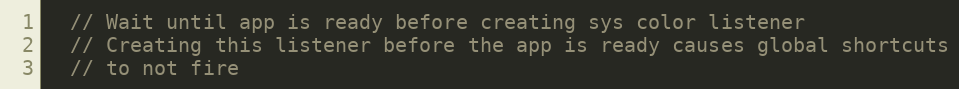
Language: C++
  // Wait until app is ready before creating sys color listener
  // Creating this listener before the app is ready causes global shortcuts
  // to not fire